Annual report of the Civil Veterinary Department, Bengal, for the year 1896-97 - 1896-1897
Year: 1896
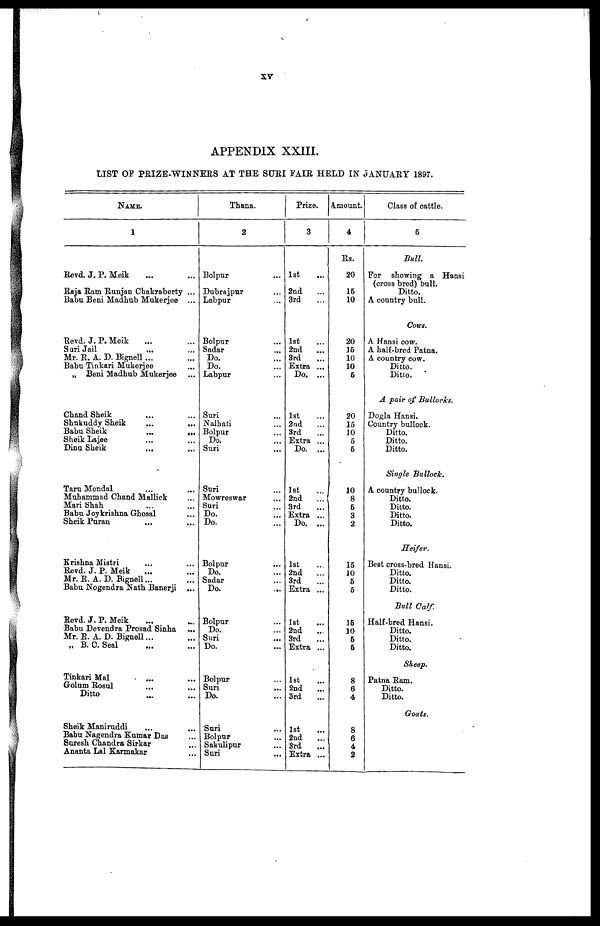
xv
APPENDIX XXIII.
LIST OF PRIZE-WINNERS AT THE SURI FAIR HELD IN JANUARY 1897.
NAME.
1
Revd. J. P. Meik ... ...
Raja Ram Runjan Chakraberty ...
Babu Beui Madhub Mukerjee ...
Revd. J. P. Meik ... ...
Sari Jail ... ...
Mr. R. A. D. Bignell ... ...
Babu Tinkari Mukerjee ...
„ Beni Madhub Mukerjee ...
Chand Sheik ... ...
Shukuddy Sheik ... ...
Babu Sheik
...
...
Sheik Lajee ... ...
Dinu Sheik ... ...
Taru Mondal ... ...
Muhammad Chand Mallick ...
Mari Shah ... ...
Babu Joykrishna Ghosal ...
Sheik Puran ... ...
Krishna Mistri ... ...
Revd. J. P. Meik ... ...
Mr. R. A. D. Bignell ... ...
Babu Nogendra Nath Banerji ...
Revd. J. P. Meik ... ...
Babu Devendra Prosad Sinha ...
Mr. R. A. D. Bignell ... ...
„ B. C. Seal ... ...
Tinkari Mal ... ...
Golum Rosul ... ...
Ditto ... ...
Sheik Maniruddi ... ...
Babu Nagendra Kumar Das ...
Suresh Chandra Sirkar ...
Ananta Lal Karmakar ...
Thana.
2
Bolpur ...
Dubrajpur ...
Labpur ...
Bolpur ...
Sadar ...
Do. ...
Do. ...
Labpur ...
Suri ...
Nalhati ...
Bolpur ...
Do. ...
Suri ...
Suri ...
Mowreswar ...
Suri ...
Do. ...
Do. ...
Bolpur ...
Do. ...
Sadar ...
Do. ...
Bolpur ...
Do. ...
Suri ...
Do. ...
Bolpur ...
Suri ...
Do. ...
Suri ...
Bolpur ...
Sakulipur ...
Suri ...
Prize.
3
1st ...
2nd ...
3rd ...
1st ...
2nd
...
3rd ...
Extra ...
Do. ...
1st ...
2nd ...
3rd ...
Extra ...
Do. ...
1st ...
2nd
...
3rd ...
Extra ...
Do. ...
1st ...
2nd ...
3rd ...
Extra ...
1st ...
2nd ...
3rd ...
Extra ...
1st ...
2nd ...
3rd ...
1st ...
2nd ...
3rd ...
Extra ...
Amount.
4
Rs.
20
15
10
20
16
10
10
6
20
15
10
5
5
10
8
5
3
2
15
10
5
5
15
10
5
5
8
6
4
8
6
4
2
Class of cattle.
5
Bull.
For showing a Hansi
(cross bred) bull.
Ditto.
A country bull.
Cows.
A Hansi cow.
A half-bred Patna.
A country cow.
Ditto.
Ditto.
A pair of Bullocks.
Dogla Hansi.
Country bullock.
Ditto.
Ditto.
Ditto.
Single Bullock.
A country bullock.
Ditto.
Ditto.
Ditto.
Ditto.
Heifer.
Best cross-bred Hansi.
Ditto.
Ditto.
Ditto.
Bull Calf
Half-bred Hansi.
Ditto.
Ditto.
Ditto.
Sheep.
Patna Ram.
Ditto.
Ditto.
Goats.